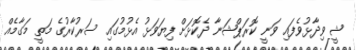
ޝީ ވިދާޅުވެފައި ވަނީ ކޮރަޕްޝަނާ ދެކޮޅަށް ފިޔަވަޅު އެޅުމުގައި ސަރުކާރުގެ މަތީ މަގާމެއް